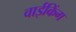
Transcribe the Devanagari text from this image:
वाईकिंग